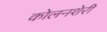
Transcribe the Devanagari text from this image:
कोलनशेरी